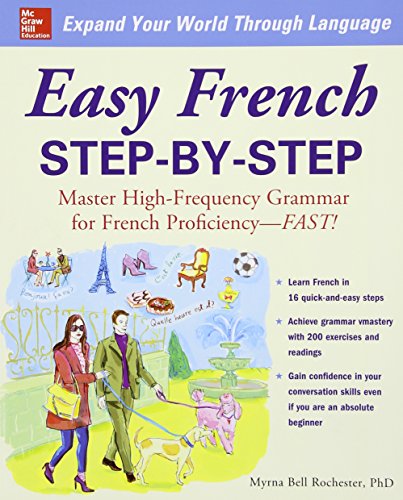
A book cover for Easy French Step-by-Step; Myrna Bell Rochester; Reference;